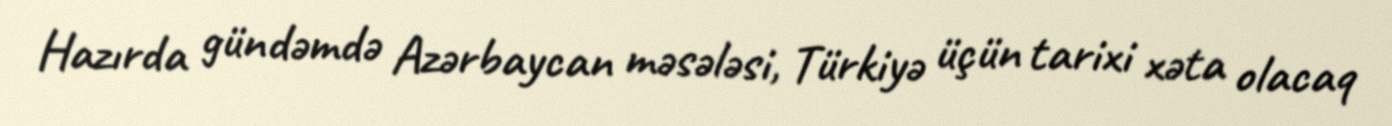
Hazırda gündəmdə Azərbaycan məsələsi, Türkiyə üçün tarixi xəta olacaq